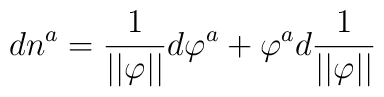
dn^a=\frac 1{||\varphi ||}d\varphi ^a+\varphi ^ad\frac 1{||\varphi ||}